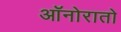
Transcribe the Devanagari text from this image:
ऑनोरातो